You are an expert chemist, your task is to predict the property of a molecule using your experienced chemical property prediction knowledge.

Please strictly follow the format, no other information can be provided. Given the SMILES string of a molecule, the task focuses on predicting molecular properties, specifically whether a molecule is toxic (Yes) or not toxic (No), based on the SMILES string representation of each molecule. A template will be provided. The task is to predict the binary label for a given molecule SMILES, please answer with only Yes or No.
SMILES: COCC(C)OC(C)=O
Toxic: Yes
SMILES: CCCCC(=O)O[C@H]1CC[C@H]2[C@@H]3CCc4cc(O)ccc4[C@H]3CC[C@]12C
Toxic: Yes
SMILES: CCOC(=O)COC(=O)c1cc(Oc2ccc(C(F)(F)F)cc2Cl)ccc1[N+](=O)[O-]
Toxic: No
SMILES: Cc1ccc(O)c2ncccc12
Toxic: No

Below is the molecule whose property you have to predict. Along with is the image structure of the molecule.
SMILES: Nc1ccc(/N=N/c2ccc(N)cc2)cc1
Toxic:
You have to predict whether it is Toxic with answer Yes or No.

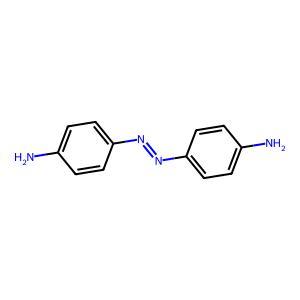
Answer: No